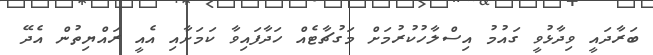
ބަރާދައީ ވިދާޅުވީ ގައުމު އިސްލާހުކުރުމަށް މަގުޗާޓެއް ހަދާފައިވާ ކަމަށާއި އެއީ ރައްޔިތުން އެދޭ